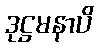
ဒုဋ္ဌမနာပိ